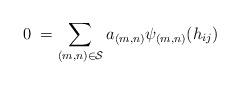
LaTeX: \begin{align*}0 \;=\sum_{{(m,n)}\in{\cal S}}a_{(m,n)} {\psi_{(m,n)}}({h_{ij}})\end{align*}